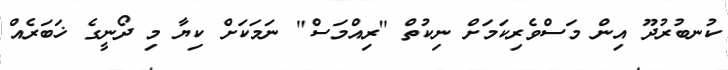
ކުނބުރުދޫ އިން މަސްވެރިކަމަށް ނިކުތް "ރިއްމަސް" ނަމަކަށް ކިޔާ މި ދޯނީގެ ޚަބަރެއް